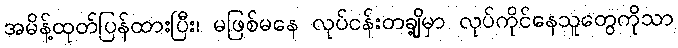
အမိန့်ထုတ်ပြန်ထားပြီး၊ မဖြစ်မနေ လုပ်ငန်းတချို့မှာ လုပ်ကိုင်နေသူတွေကိုသာ